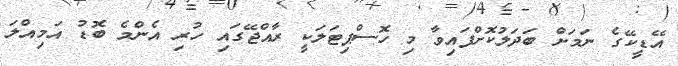
އޭޑީކޭގެ ނަމަށް ބަދަލުކޮށްފައިވާ މި ހޮސްޕިޓަލަކީ ރާއްޖޭގައި ހުރި އެންމެ ބޮޑު އަމިއްލަ